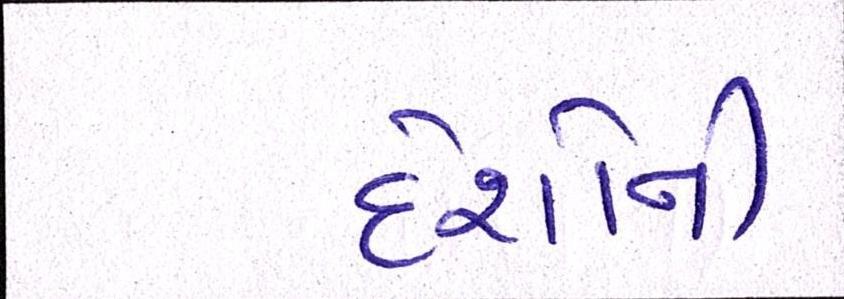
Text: દેશોની